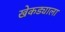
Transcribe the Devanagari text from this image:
खेकड्याला